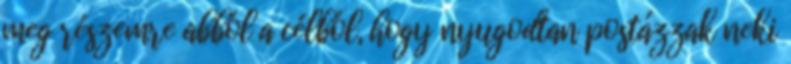
meg részemre abból a célból, hogy nyugodtan postázzak neki